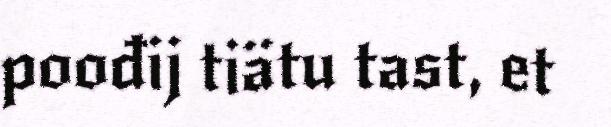
poođij tiätu tast, et